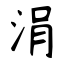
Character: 涓